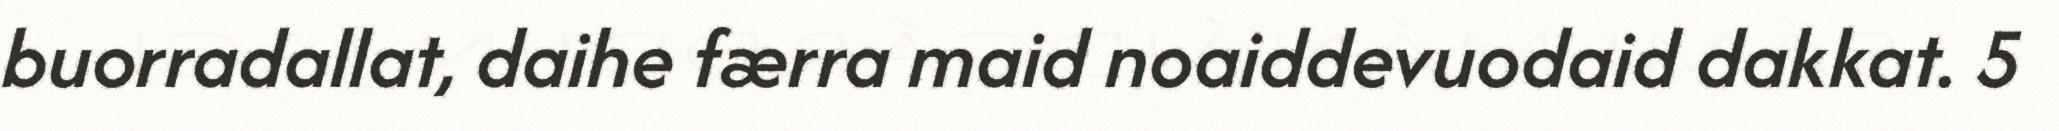
buorradallat, daihe færra maid noaiddevuodaid dakkat. 5